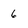
Character: 6